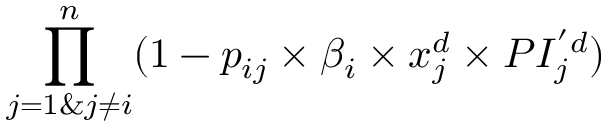
\prod _ { j = 1 \& j \ne i } ^ { n } ( 1 - p _ { i j } \times \beta _ { i } \times x _ { j } ^ { d } \times P I _ { j } ^ { ' d } )